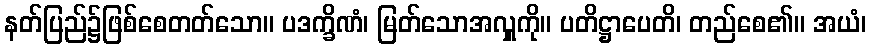
နတ်ပြည်၌ဖြစ်စေတတ်သော။ ပဒက္ခိဏံ၊ မြတ်သောအလှူကို။ ပတိဋ္ဌာပေတိ၊ တည်စေ၏။ အယံ၊